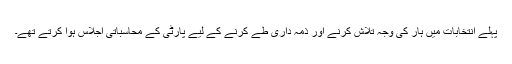
پہلے انتخابات میں ہار کی وجہ تلاش کرنے اور ذمہ داری طے کرنے کے لیے پارٹی کے محاسباتی اجلاس ہوا کرتے تھے۔